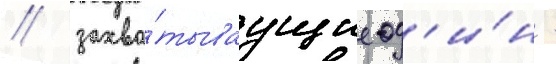
/ захва́тываущие од'и́н -